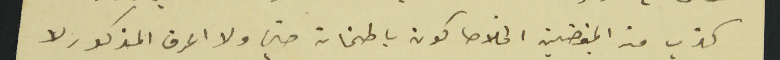
كذب من المغرضين الخلاصا كون باطمنان حتى ولا اعرف المذكور لا